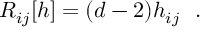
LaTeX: { \cal R } _ { i j } [ h ] = ( d - 2 ) h _ { i j } ~ ~ .